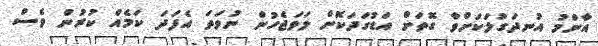
އާންމު އުނދަގުލަކަށްވާ ގޮތަށް އަޑުގަދަކޮށް ލަވަޖެހުން ނުވަތަ އެފަދަ ކަމެއް ކުރުން ވެސް